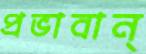
প্রভাবান্‌